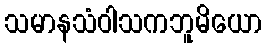
သမာနသံဝါသကဘူမိယော